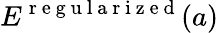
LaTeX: E^{\mathrm{~r~e~g~u~l~a~r~i~z~e~d~}}(a)